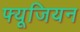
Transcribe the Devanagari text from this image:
फ्यूजियन